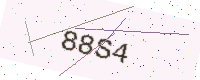
Text: 88S4